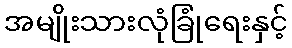
အမျိုးသားလုံခြုံရေးနှင့်